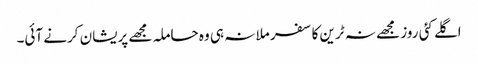
اگلے کئی روز مجھے نہ ٹرین کا سفر ملا نہ ہی وہ حاملہ مجھے پریشان کرنے آئی۔